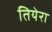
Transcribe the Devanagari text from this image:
तियेरा